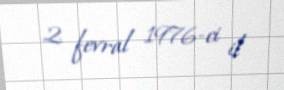
2 fevral 1976-ci il